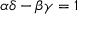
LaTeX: \alpha \delta - \beta \gamma = 1